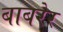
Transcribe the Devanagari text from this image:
बाबरेर